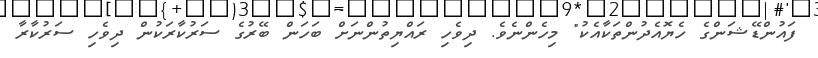
ފައުންޑޭޝަންގެ ހެޔޮއެދުންތަކާއެކު" މިހެންނެވެ. ދިވެހި ރައްޔިތުންނަށް ބަހަން ބޭރުގެ ސަރުކާރަކުން ދިވެހި ސަރުކާރާ